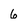
Character: 6